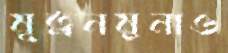
মূত্রনমুনাও